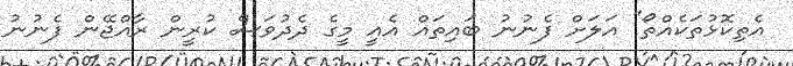
އެތިކޮޅުތަކެއްތޯ" އަލަށް ފެނުނު ބައިތައް އެއީ މީގެ ދެދުވަސް ކުރީން ރާއްޖޭން ފެނުނު